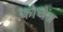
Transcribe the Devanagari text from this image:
कोचैंग